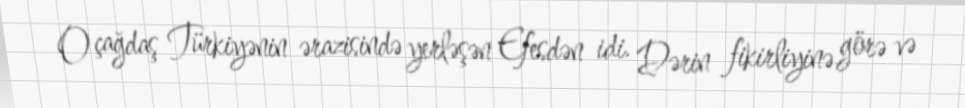
O çağdaş Türkiyənin ərazisində yerləşən Efesdən idi. Dərin fikirliyinə görə və